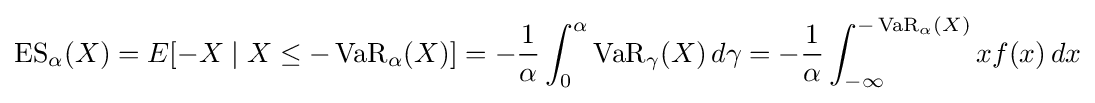
\operatorname {ES} _{\alpha }(X)=E[-X\mid X\leq -\operatorname {VaR} _{\alpha }(X)]=-{\frac {1}{\alpha }}\int _{0}^{\alpha }\operatorname {VaR} _{\gamma }(X)\,d\gamma =-{\frac {1}{\alpha }}\int _{-\infty }^{-\operatorname {VaR} _{\alpha }(X)}xf(x)\,dx